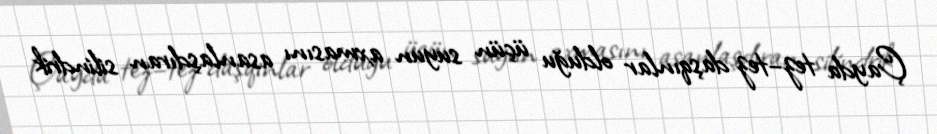
Çayda tez–tez daşqınlar olduğu üçün suyun axmasını asanlaşdıran silindrik